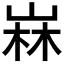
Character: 𡹇